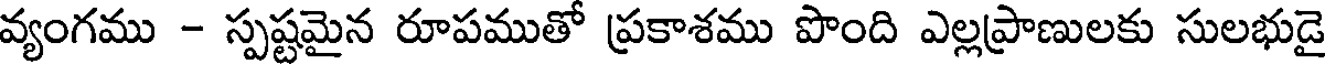
వ్యంగము - స్పష్టమైన రూపముతో ప్రకాశము పొంది ఎల్లప్రాణులకు సులభుడై